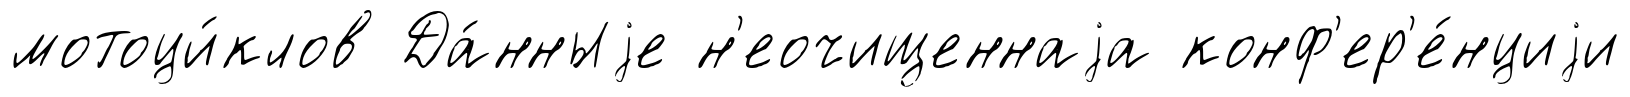
мотоци́клов Да́нныjе н'еочищеннаjа конф'ер'е́нциjи